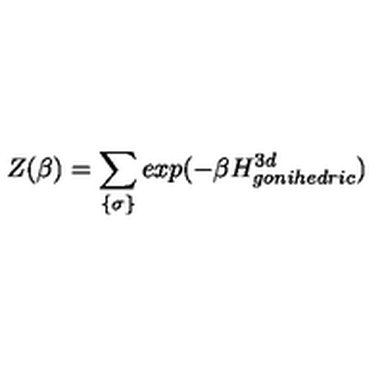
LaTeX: Z ( \beta ) = \sum _ { \{ \sigma \} } e x p ( - \beta H _ { g o n i h e d r i c } ^ { 3 d } )